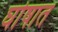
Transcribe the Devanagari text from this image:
घोषात